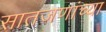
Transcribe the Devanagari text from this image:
सातजणांच्या